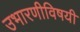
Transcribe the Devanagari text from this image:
उभारणीविषयी